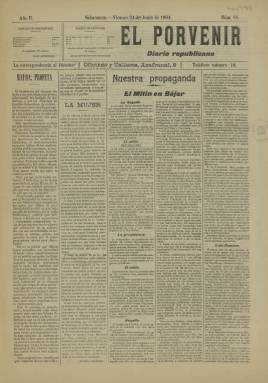
Título: El Porvenir (Salamanca)
Colección: Periódicos
Ámbito geográfico: Salamanca
Lugar de publicación: Salamanca
Fechas: 24/06/1904-24/06/1904